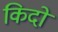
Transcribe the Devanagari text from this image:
किदो